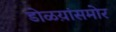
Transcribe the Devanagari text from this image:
डोळय़ांसमोर